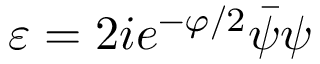
\varepsilon = 2 i e ^ { - \varphi / 2 } \bar { \psi } \psi